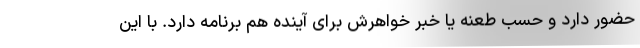
حضور دارد و حسب طعنه یا خبر خواهرش برای آینده هم برنامه دارد. با این